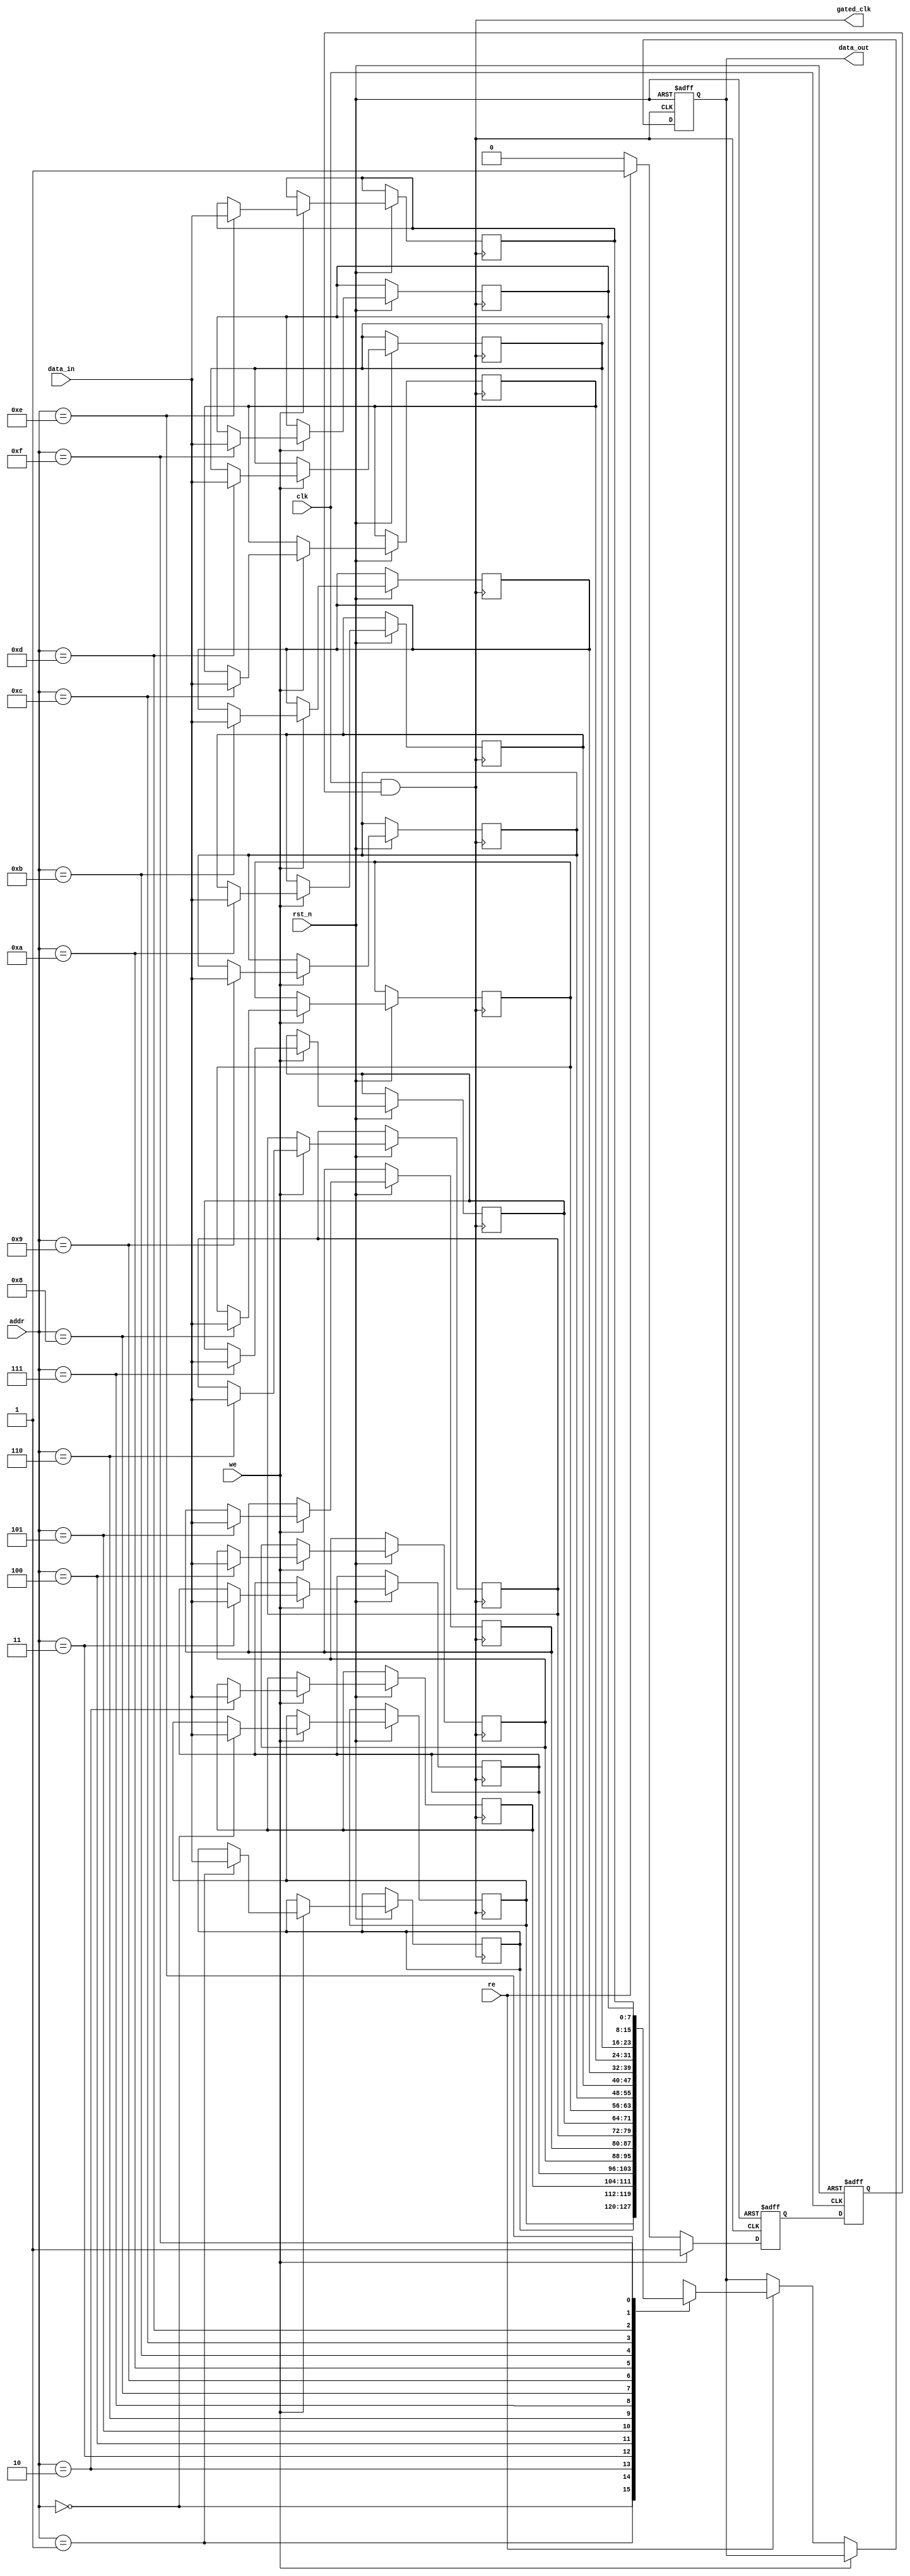
module memory_block (
    input wire clk,               // Main clock input
    input wire rst_n,             // Active low reset
    input wire [7:0] data_in,     // Data input for write operations
    input wire [3:0] addr,        // Address input
    input wire we,                // Write enable signal
    input wire re,                // Read enable signal
    output reg [7:0] data_out,    // Data output
    output wire gated_clk         // Gated clock output
);

    // Memory array (16 x 8 bits)
    reg [7:0] mem_array [15:0];
    
    // Output monitoring signal
    reg output_valid;
    
    // Clock gating control signal
    reg clk_enable;

    // Gated clock generation
    assign gated_clk = clk & clk_enable;

    // Memory read/write operations
    always @(posedge gated_clk or negedge rst_n) begin
        if (!rst_n) begin
            data_out <= 8'b0;
            output_valid <= 1'b0;
        end else begin
            if (we) begin
                // Write operation
                mem_array[addr] <= data_in;
                output_valid <= 1'b1; // Valid output after write
            end else if (re) begin
                // Read operation
                data_out <= mem_array[addr];
                output_valid <= 1'b1; // Valid output after read
            end else begin
                output_valid <= 1'b0; // No valid output
            end
        end
    end

    // Clock gating control logic
    always @(posedge clk or negedge rst_n) begin
        if (!rst_n) begin
            clk_enable <= 1'b0; // Disable clock gating on reset
        end else begin
            // Enable clock if output is valid
            clk_enable <= output_valid;
        end
    end

endmodule